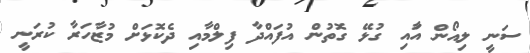
ސަނީ ލިއޯން އާައި ގުޅޭ ގޮތުން އުފައްދާ ފިލްމާއި ދެކޮޅަށް މުޒާހަރާ ކުރަނީ